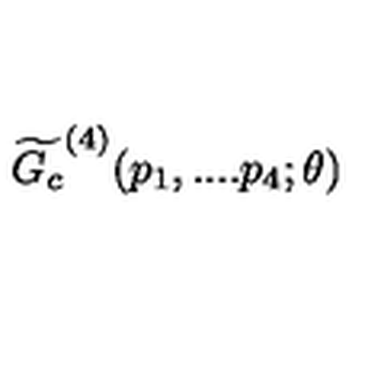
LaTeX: \widetilde { G _ { c } } ^ { ( 4 ) } ( p _ { 1 } , . . . . p _ { 4 } ; \theta )